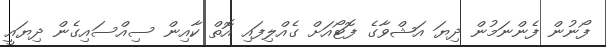
ފޯނުން ފެންނަމުން ދިޔަ އަޝްވާގެ ފޮޓޯއަށް ގެއްލިފައި އޮތް ކާއިން ސިއްސައިގެން ދިޔައީ